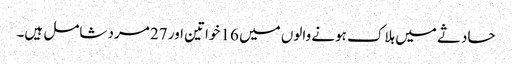
حادثے میں ہلاک ہونے والوں میں 16 خواتین اور 27 مرد شامل ہیں۔